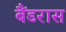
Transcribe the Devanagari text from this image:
बैंडरास